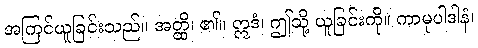
အကြင်ယူခြင်းသည်။ အတ္ထိ၊ ၏။ ဣဒံ၊ ဤသို့ ယူခြင်းကို။ ကာမုပါဒါနံ၊